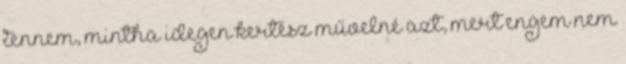
tennem, mintha idegen kertész művelné azt, mert engem nem